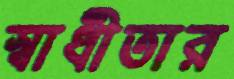
স্বাধীতার